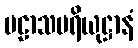
ပဠာသပရိယုဋ္ဌာနံ